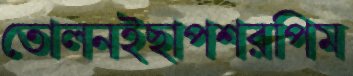
তোলনইছাপশরপিম